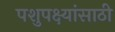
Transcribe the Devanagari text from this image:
पशुपक्ष्यांसाठी